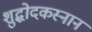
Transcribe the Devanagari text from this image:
शुद्धोदकस्नान